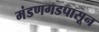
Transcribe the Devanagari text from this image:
मंडणगडपासून